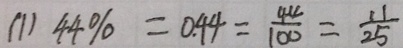
( 1 ) 4 4 \% = 0 . 4 4 = \frac { 4 4 } { 1 0 0 } = \frac { 1 1 } { 2 5 }